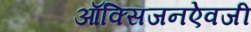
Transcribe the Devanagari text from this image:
ऑक्सिजनऐवजी